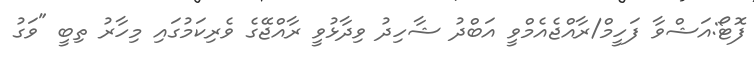
ފޮޓޯ:އަޝްވާ ފަހީމް/ރާއްޖެއެމްވީ އަބްދު ޝާހިދު ވިދާޅުވީ ރާއްޖޭގެ ވެރިކަމުގައި މިހާރު ތިބީ "ވަގު